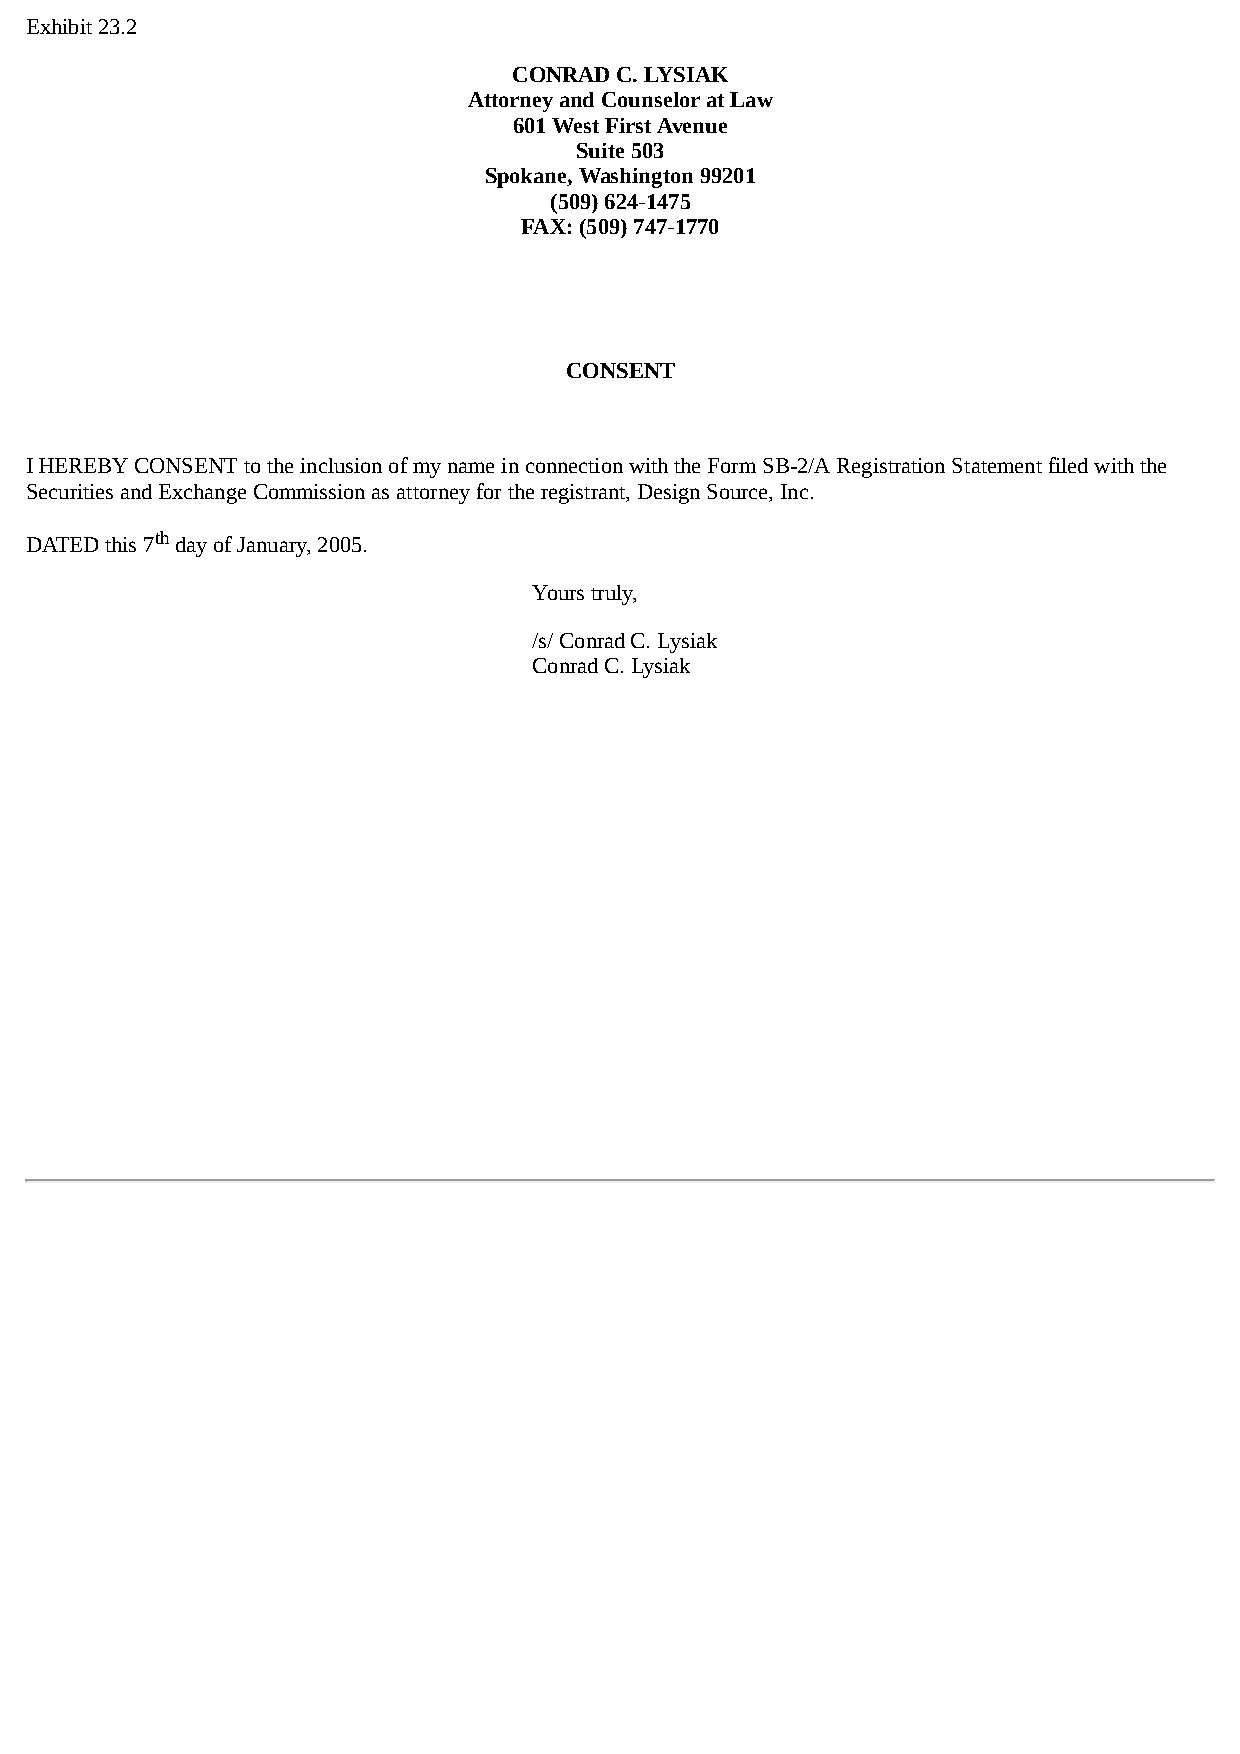
Exhibit 23.2
 CONRAD C. LYSIAK
 Attorney and Counselor at Law
 601 West First Avenue
 Suite 503
 Spokane, Washington 99201
 (509) 624-1475
 FAX: (509) 747-1770
 CONSENT
 I HEREBY CONSENT to the inclusion of my name in connection with the Form SB-2/A Registration Statement filed with the
 Securities and Exchange Commission as attorney for the registrant, Design Source, Inc.
 DATED this 7th day of January, 2005.
 Yours truly,
 /s/ Conrad C. Lysiak
 Conrad C. Lysiak